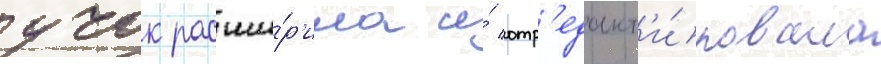
учок расши́р'ила и́ отр'едакт'и́ровала